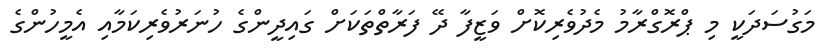
މަގުސަދަކީ މި ޕްރޮގްރާމު މެދުވެރިކޮށް ވަޒީފާ ދޭ ފަރާތްތަކަށް ގައިދީންގެ ހުނަރުވެރިކަމާއި އެމީހުންގެ